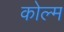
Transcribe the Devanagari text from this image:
कोल्म